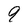
Character: 9